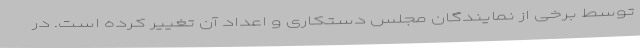
توسط برخی از نمایندگان مجلس دستکاری و اعداد آن تغییر کرده است. در